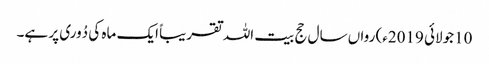
10جولائی 2019ء) رواں سال حج بیت اللہ تقریباً ایک ماہ کی دُوری پر ہے۔